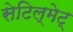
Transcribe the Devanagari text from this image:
सेटिल्‌मेट्